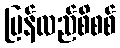
ပြန်လည်စိစစ်